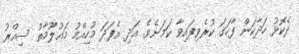
ދެކޮޅު ހަދާކަން ފާހަގަ ކުރެވިފައިވާ ކަމަށެވެ. އަދި އެފަދަ މުހިއްމު މައުލޫމާތު ސިއްރު